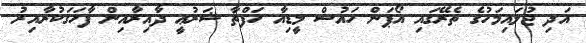
އަދި ޖުލައިމަހުގެ ތެރޭގައި އޯޕަން ހައުސް މީޑިއާ ހަފްތާ ޝަރުޢީ ދާއިރާއިން ފާހަގަކުރާއިރު